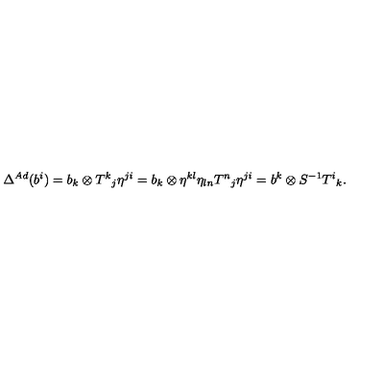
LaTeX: \Delta ^ { A d } ( b ^ { i } ) = b _ { k } \otimes T ^ { k } { } _ { j } \eta ^ { j i } = b _ { k } \otimes \eta ^ { k l } \eta _ { l n } T ^ { n } { } _ { j } \eta ^ { j i } = b ^ { k } \otimes S ^ { - 1 } T ^ { i } { } _ { k } .